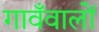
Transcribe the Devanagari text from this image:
गावँवालों